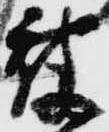
被